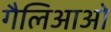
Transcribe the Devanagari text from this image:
गैलिआओ